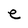
Character: e